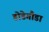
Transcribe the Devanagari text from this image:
डोडेगौडा